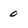
Character: 0